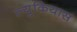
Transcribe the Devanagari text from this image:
ल्युकियास